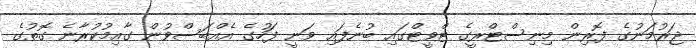
ޖަރުމަނުގެ ފޮރިން މިނިސްޓްރީގެ ޓްވީޓްގައި ބުނެފައި ވަނީ ފަހުގެ އެއްބަސްވުން ގާއިމުކުރާނެ ގޮތުގެ